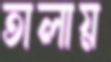
তালায়